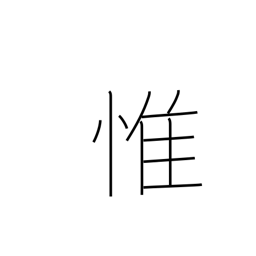
Meaning: consider